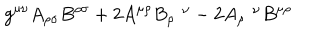
g ^ { \mu \nu } A _ { \rho \sigma } B ^ { \rho \sigma } + 2 A ^ { \mu \rho } B _ { \rho } ^ { \nu } - 2 A _ { \rho } ^ { \nu } B ^ { \mu \rho }